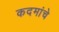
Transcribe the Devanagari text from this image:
कदमांचे